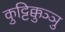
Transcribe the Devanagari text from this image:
कुट्टिक्कुञ्ञु